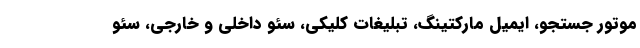
موتور جستجو، ایمیل مارکتینگ، تبلیغات کلیکی، سئو داخلی و خارجی، سئو